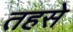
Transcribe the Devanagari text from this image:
तहसे